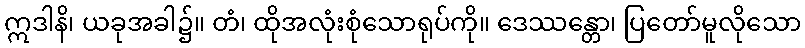
ဣဒါနိ၊ ယခုအခါ၌။ တံ၊ ထိုအလုံးစုံသောရုပ်ကို။ ဒေဿန္တော၊ ပြတော်မူလိုသော